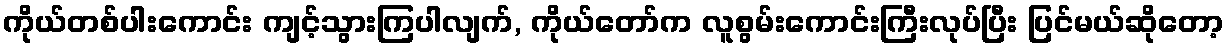
ကိုယ်တစ်ပါးကောင်း ကျင့်သွားကြပါလျက်, ကိုယ်တော်က လူစွမ်းကောင်းကြီးလုပ်ပြီး ပြင်မယ်ဆိုတော့